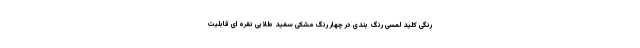
رنگی کلید لمسی رنگ بندی در چهار رنگ مشکی سفید طلایی نقره ای قابلیت